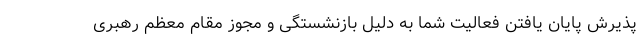
پذیرش پایان یافتن فعالیت شما به دلیل بازنشستگی و مجوز مقام معظم رهبری